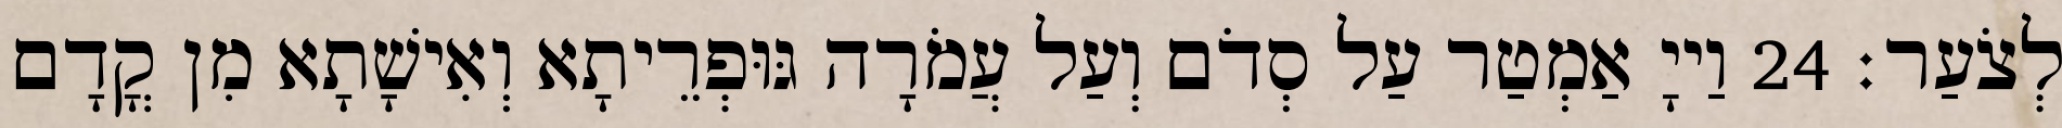
לְצֹעַר׃ 24 וַייָ אַמְטַר עַל סְדֹם וְעַל עֲמֹרָה גּוּפְרֵיתָא וְאִישָׁתָא מִן קֳדָם